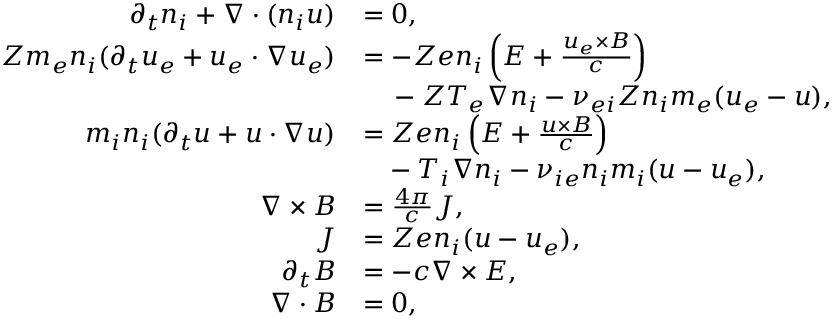
\begin{array} { r l } { \partial _ { t } n _ { i } + \nabla \cdot ( n _ { i } \boldsymbol { u } ) } & { = 0 , } \\ { Z m _ { e } n _ { i } ( \partial _ { t } \boldsymbol { u } _ { e } + \boldsymbol { u } _ { e } \cdot \nabla \boldsymbol { u } _ { e } ) } & { = - Z e n _ { i } \left( \boldsymbol { E } + \frac { \boldsymbol { u } _ { e } \times \boldsymbol { B } } { c } \right) } \\ & { \phantom { = } \, - Z T _ { e } \nabla n _ { i } - \nu _ { e i } Z n _ { i } m _ { e } ( \boldsymbol { u } _ { e } - \boldsymbol { u } ) , } \\ { m _ { i } n _ { i } ( \partial _ { t } \boldsymbol { u } + \boldsymbol { u } \cdot \nabla \boldsymbol { u } ) } & { = { Z e n _ { i } } \left( E + \frac { \boldsymbol { u } \times \boldsymbol { B } } { c } \right) } \\ & { \phantom { = } - { T _ { i } } \nabla n _ { i } - \nu _ { i e } n _ { i } m _ { i } ( \boldsymbol { u } - \boldsymbol { u } _ { e } ) , } \\ { \nabla \times \boldsymbol { B } } & { = \frac { 4 \pi } { c } \boldsymbol { J } , } \\ { \boldsymbol { J } } & { = Z e n _ { i } ( \boldsymbol { u } - \boldsymbol { u } _ { e } ) , } \\ { \partial _ { t } \boldsymbol { B } } & { = - c \nabla \times \boldsymbol { E } , } \\ { \nabla \cdot \boldsymbol { B } } & { = 0 , } \end{array}